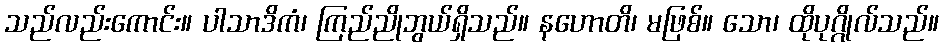
သည်လည်းကောင်း။ ပါသာဒိကံ၊ ကြည်ညိုဘွယ်ရှိသည်။ နဟောတိ၊ မဖြစ်။ သော၊ ထိုပုဂ္ဂိုလ်သည်။